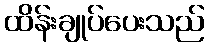
ထိန်းချုပ်ပေးသည်